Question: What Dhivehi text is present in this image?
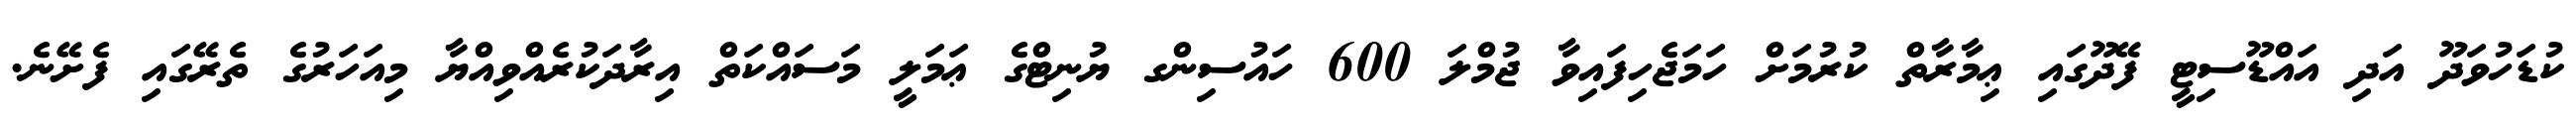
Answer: ކުޑަހުވަދޫ އަދި އައްޑޫސިޓީ ފޭދޫގައި ޢިމާރާތް ކުރުމަށް ހަމަޖެހިފައިވާ ޖުމްލަ 600 ހައުސިންގ ޔުނިޓްގެ ޢަމަލީ މަސައްކަތް އިރާދަކުރެއްވިއްޔާ މިއަހަރުގެ ތެރޭގައި ފެށޭނެ.